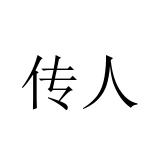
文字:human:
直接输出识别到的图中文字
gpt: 传人